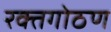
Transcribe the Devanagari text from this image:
रक्तगोठण